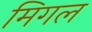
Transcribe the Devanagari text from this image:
मिगल